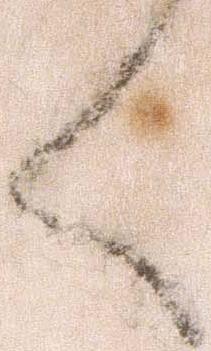
く